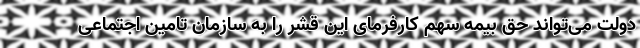
دولت می‌تواند حق بیمه سهم کارفرمای این قشر را به سازمان تامین اجتماعی